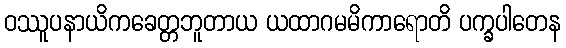
ဝဿူပနာယိကခေတ္တဘူတာယ ယထာဂမမိကာရောတိ ပက္ခပါတေန